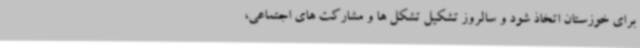
برای خوزستان اتخاذ شود و سالروز تشکیل تشکل ها و مشارکت های اجتماعی،